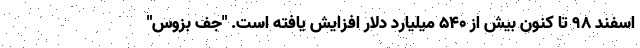
اسفند 98 تا کنون بیش از 540 میلیارد دلار افزایش یافته است. "جف بزوس"